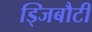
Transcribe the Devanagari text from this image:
ड्जिबौटी